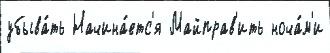
убыва́ть Начина́етс'я Майправ'ить ноча́м'и